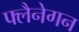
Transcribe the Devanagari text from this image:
फ्लैनेगन